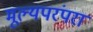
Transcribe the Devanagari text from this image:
मूल्यपरंपरा